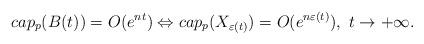
LaTeX: \begin{align*} cap_p(B(t))=O(e^{nt})\Leftrightarrow cap_p(X_{\varepsilon(t)})=O(e^{n\varepsilon(t)}),\ t\rightarrow+\infty.\end{align*}